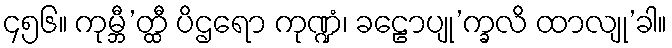
၄၅၆။ ကုမ္ဘီ’တ္ထီ ပိဌရော ကုဏ္ဍံ၊ ခဠောပျု’က္ခလိ ထာလျု’ခါ။